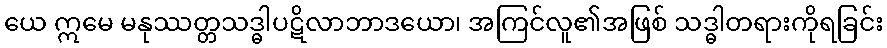
ယေ ဣမေ မနုဿတ္တသဒ္ဓါပဋိလာဘာဒယော၊ အကြင်လူ၏အဖြစ် သဒ္ဓါတရားကိုရခြင်း